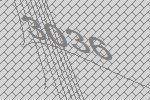
3036